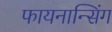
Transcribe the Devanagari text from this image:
फायनान्सिंग